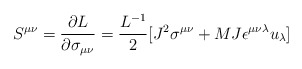
\begin{align*}S^{\mu\nu}={{\partial L}\over {\partial \sigma _{\mu\nu}}}={{L^{-1}}\over 2}[J^2\sigma ^{\mu\nu } +{MJ}\epsilon^{\mu\nu\lambda}u_\lambda ] \end{align*}